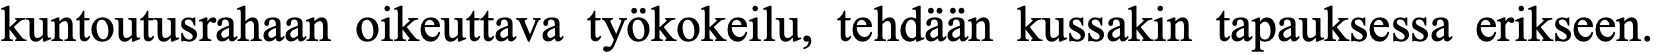
kuntoutusrahaan oikeuttava työkokeilu, tehdään kussakin tapauksessa erikseen.